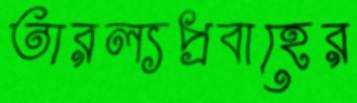
তারল্যপ্রবাহের